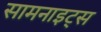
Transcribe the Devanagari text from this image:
सामनाइट्स